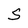
Character: S